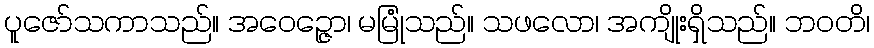
ပူဇော်သကာသည်။ အဝေဉ္ဇော၊ မမြုံသည်။ သဖလော၊ အကျိုးရှိသည်။ ဘဝတိ၊